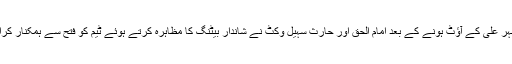
اظہر علی کے آؤٹ ہونے کے بعد امام الحق اور حارث سہیل وکٹ نے شاندار بیٹنگ کا مظاہرہ کرتے ہوئے ٹیم کو فتح سے ہمکنار کرایا۔